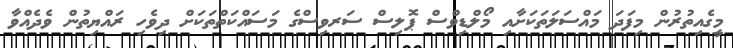
މީގެއިތުރުން މިފަދަ މައްސަލަތަކަށާއި މޯލްޑިވްސް ޕޮލިސް ސަރވިސްގެ މަސައްކަތްތަކަށް ދިވެހި ރައްޔިތުން ވެދެއްވާ